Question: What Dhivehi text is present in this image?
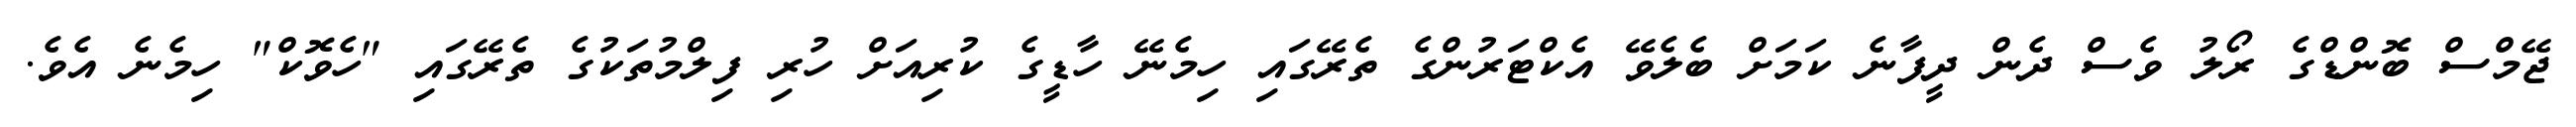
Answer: ޖޭމްސް ބޮންޑްގެ ރޯލު ވެސް ދެން ދީފާނެ ކަމަށް ބެލެވޭ އެކްޓަރުންގެ ތެރޭގައި ހިމެނޭ ހާޑީގެ ކުރިއަށް ހުރި ފިލްމުތަކުގެ ތެރޭގައި "ހެވޮކް" ހިމެނެ އެވެ.